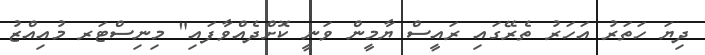
ދިޔަ ހަތަރު އަހަރު ތެރޭގައި ރައީސް ޔާމީން ވަނީ ކޮށްދެއްވާފައި" މިނިސްޓަރ މުއިއްޒު